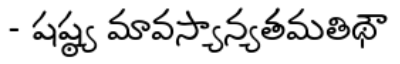
- షష్ఠ్య మావస్యాన్యతమతిథౌ